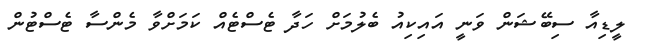
ލީޑިއާ ސިބޭޝަން ވަނީ އައިކިއު ބެލުމަށް ހަދާ ޓެސްޓެއް ކަމަށްވާ މެންސާ ޓެސްޓުން